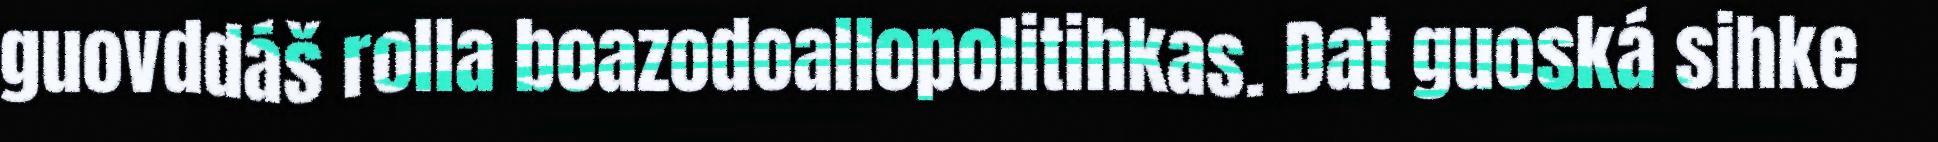
guovddáš rolla boazodoallopolitihkas. Dat guoská sihke